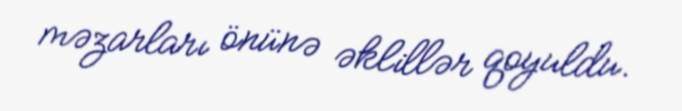
məzarları önünə əklillər qoyuldu.